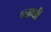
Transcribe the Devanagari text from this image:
व्याघी